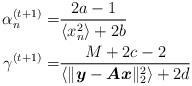
\begin{align*}\alpha_n^{(t+1)}=&\frac{2a-1}{\langle x_n^2\rangle+2b} \\\gamma^{(t+1)}=& \frac{M+2c-2}{\langle\|\boldsymbol{y}-\boldsymbol{Ax}\|_2^2\rangle+2d} \end{align*}